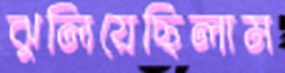
ঝুলিয়েছিলাম